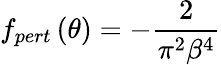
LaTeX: f_{pert}\left(\theta\right)=-\frac{2}{\pi^{2}\beta^{4}}